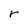
Character: r